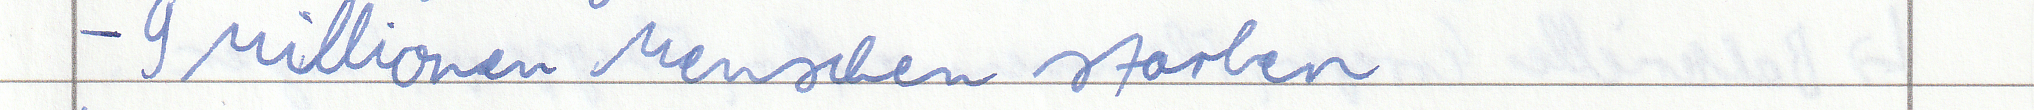
- 9 Millionen Menschen starben